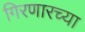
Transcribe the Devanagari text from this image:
गिरणारच्या